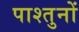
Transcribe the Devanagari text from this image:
पाश्तुनों